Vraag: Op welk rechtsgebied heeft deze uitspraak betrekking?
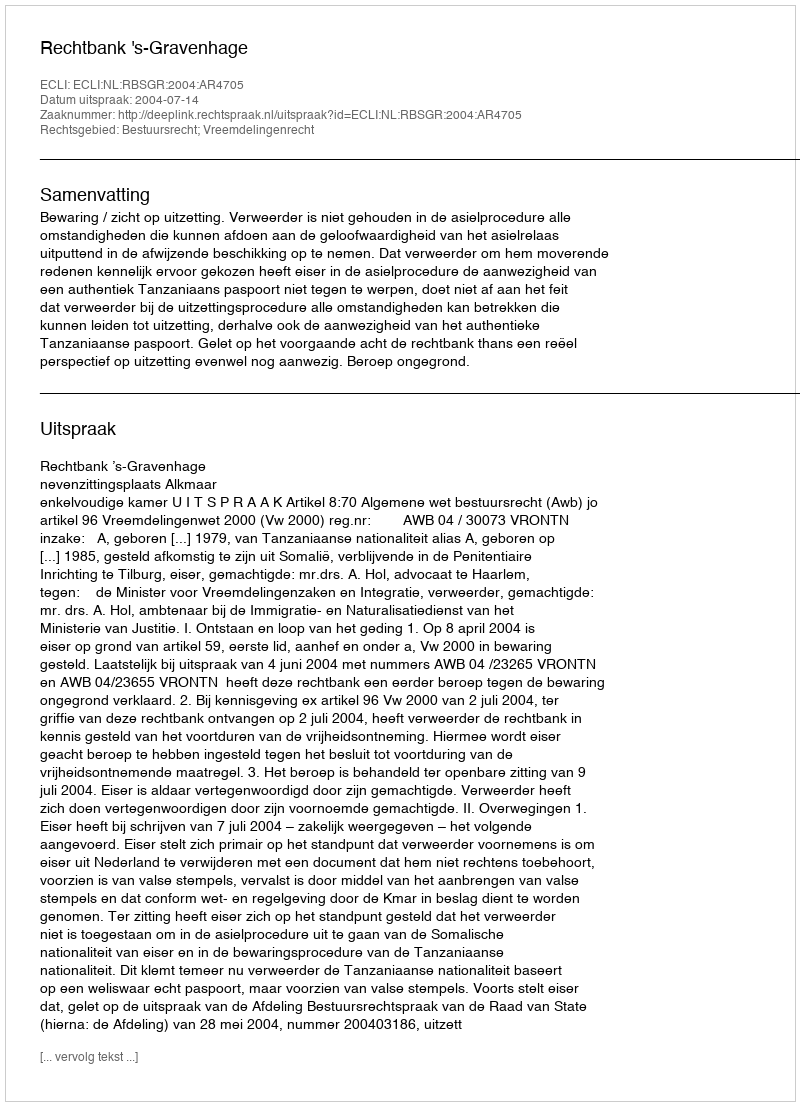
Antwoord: Bestuursrecht; Vreemdelingenrecht